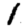
Digit: 1